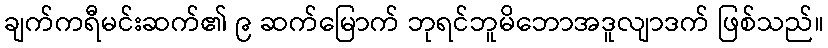
ချက်ကရီမင်းဆက်၏ ၉ ဆက်မြောက် ဘုရင်ဘူမိဘောအဒူလျာဒက် ဖြစ်သည်။